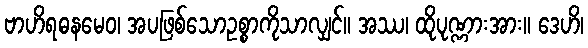
ဗာဟိရဓနမေဝ၊ အပဖြစ်သောဥစ္စာကိုသာလျှင်။ အဿ၊ ထိုပုဏ္ဏားအား။ ဒေဟိ၊